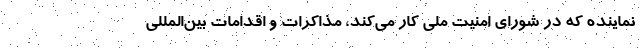
نماینده که در شورای امنیت ملی کار می‌کند، مذاکرات و اقدامات بین‌المللی